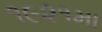
૧૯૨૧મા